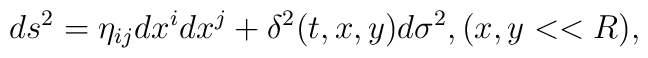
ds^2 = \eta_{ij} dx^i dx^j + \delta^2(t,x,y) d\sigma^2, \\ (x,y << R),